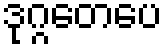
ဒုဂ္ဂတေပေ